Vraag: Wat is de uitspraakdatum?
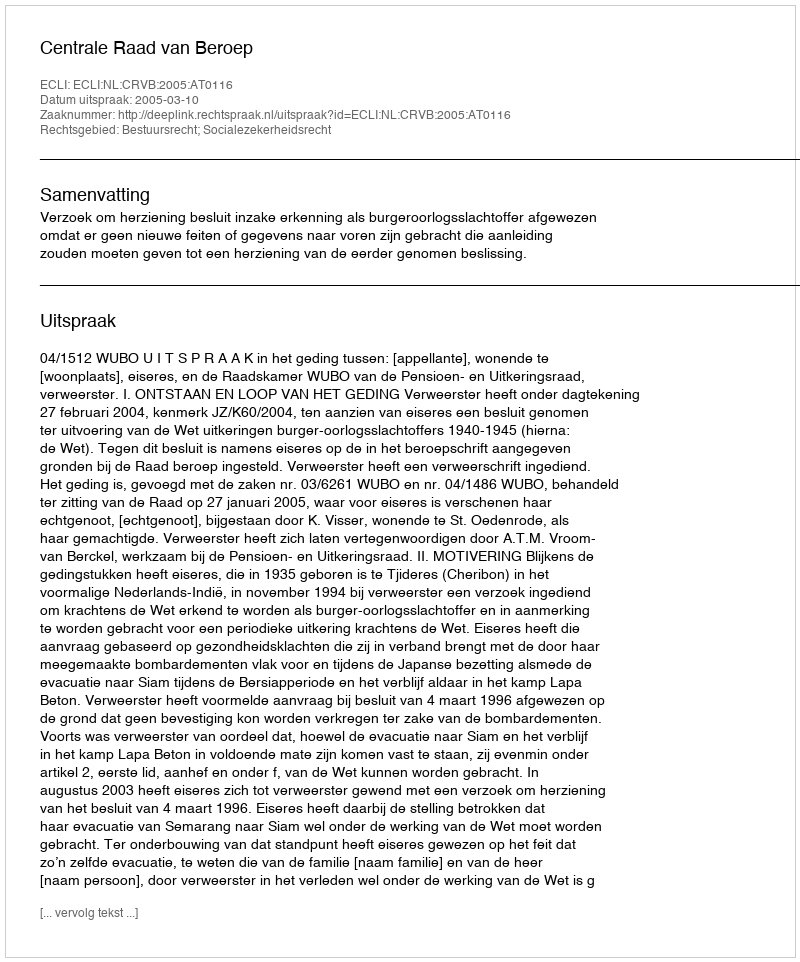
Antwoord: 2005-03-10